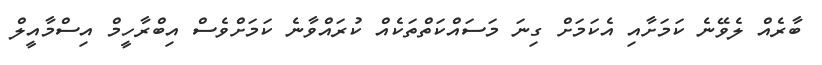
ބާރެއް ލެވޭނެ ކަމަށާއި އެކަމަށް ގިނަ މަސައްކަތްތަކެއް ކުރައްވާނެ ކަމަށްވެސް އިބްރާހީމް އިސްމާއީލް